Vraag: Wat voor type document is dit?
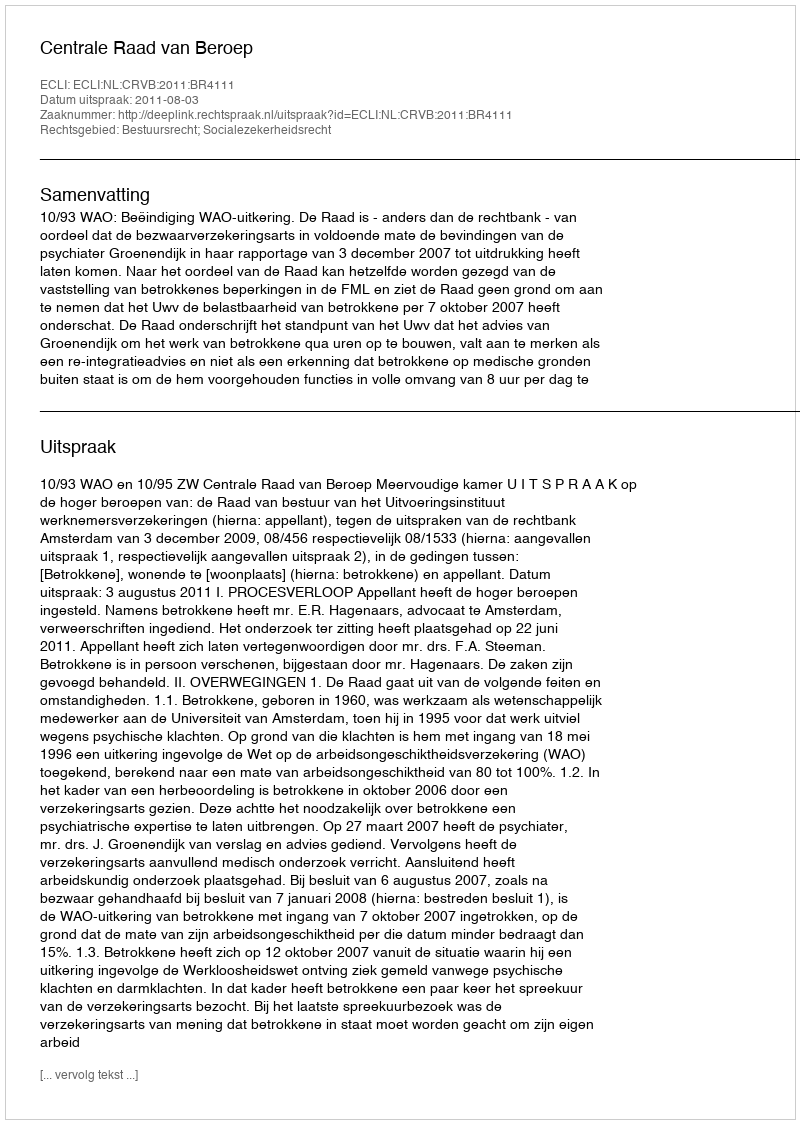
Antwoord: Uitspraak